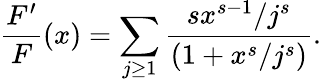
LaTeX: \frac{F^{\prime}}{F}(x)=\sum_{j\ge 1}\frac{sx^{s-1}/j^{s}}{(1+x^{s}/j^{s})}.